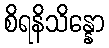
စိရနိသိန္နော